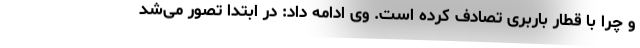
و چرا با قطار باربری تصادف کرده است. وی ادامه داد: در ابتدا تصور می‌شد